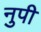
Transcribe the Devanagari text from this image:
नुपी